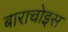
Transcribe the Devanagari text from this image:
बाराचोइस